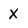
Character: X